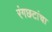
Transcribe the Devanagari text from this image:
रंगछटांचा